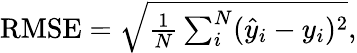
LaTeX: \begin{array}{r}{\textrm{RMSE}=\sqrt{\frac{1}{N}\sum_{i}^{N}(\hat{y}_{i}-y_{i})^{2}},}\end{array}